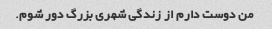
من دوست دارم از زندگی شهری بزرگ دور شوم.